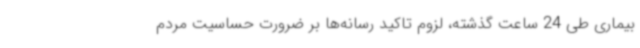
بیماری طی 24 ساعت گذشته، لزوم تاکید رسانه‌ها بر ضرورت حساسیت مردم